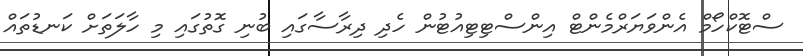
ސްޓޮކްހޯމް އެންވަޔަރްމެންޓް އިންސްޓިޓިއުޓުން ހެދި ދިރާސާގައި ބުނި ގޮތުގައި މި ހާލަތަށް ކަނޑުތައް